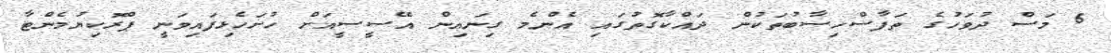
6 މަސް ދުވަހުގެ ތަފާސްހިސާބުތަކުން ދައްކާގޮތުގައި އެންމެ ގިނައިން އޭސީސީއަށް ހުށަހެޅިފައިވަނީ ޕްރޮކިޔުމެންޓާ